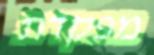
מפקדת